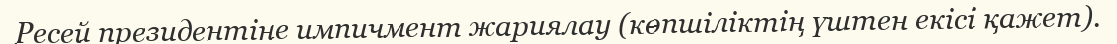
Ресей президентіне импичмент жариялау (көпшіліктің үштен екісі қажет).